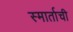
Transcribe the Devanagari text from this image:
स्मार्ताची